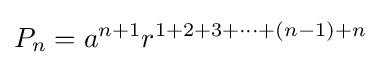
P_{n}=a^{n+1}r^{1+2+3+\cdots +(n-1)+n}